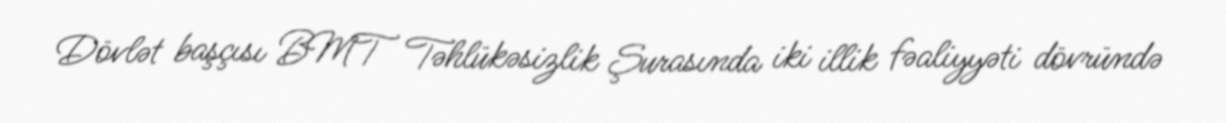
Dövlət başçısı BMT Təhlükəsizlik Şurasında iki illik fəaliyyəti dövründə